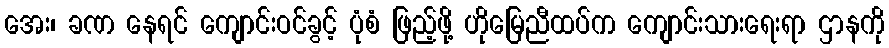
အေး၊ ခဏ နေရင် ကျောင်းဝင်ခွင့် ပုံစံ ဖြည့်ဖို့ ဟိုမြေညီထပ်က ကျောင်းသားရေးရာ ဌာနကို